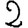
Digit: 2